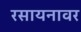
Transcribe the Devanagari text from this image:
रसायनावर